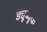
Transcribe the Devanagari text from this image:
ड्यूब्यूक